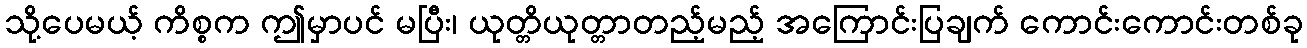
သို့ပေမယ့် ကိစ္စက ဤမှာပင် မပြီး၊ ယုတ္တိယုတ္တာတည့်မည့် အကြောင်းပြချက် ကောင်းကောင်းတစ်ခု